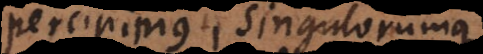
percipimus, singulorumque